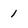
Character: 1